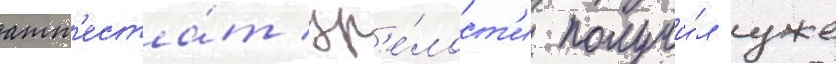
атт'еста́т зр'е́лост'и получи́л уже